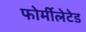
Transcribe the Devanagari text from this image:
फोर्मीलेटेड